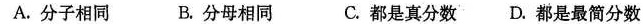
A.分子相同 B.分母相同 C.都是真分数D.都是最简分数